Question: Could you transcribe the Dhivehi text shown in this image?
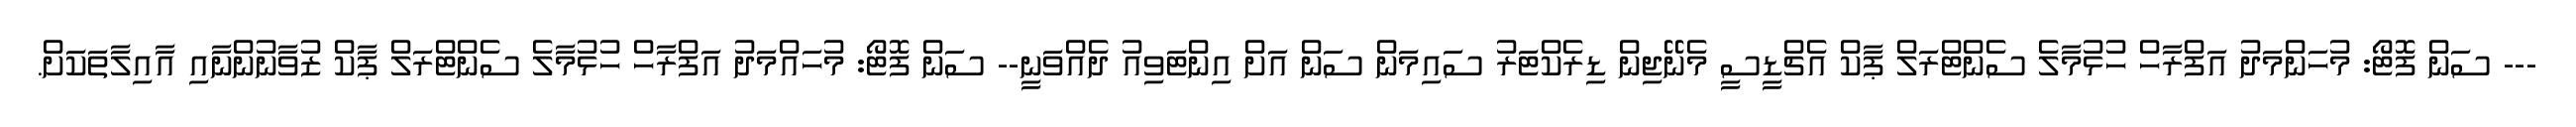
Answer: --- ސަން ފޮޓޯ: މުހަންމަދު އަފްރާހް ހުޅުމާލެ ސެންޓްރަލް ޕާކް އެޗްޑީސީ މެނޭޖިން ޑިރެކްޓަރު ސައިމަން ސަން އަށް އިންޓަވިއު ދެއްވަނީ-- ސަން ފޮޓޯ: މުހައްމަދު އަފްރާހް ހުޅުމާލެ ސެންޓްރަލް ޕާކް ޒުވާނުންނާއި އާއިލާތަކަށް.